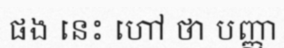
ផង នេះ ហៅ ថា បញ្ញា